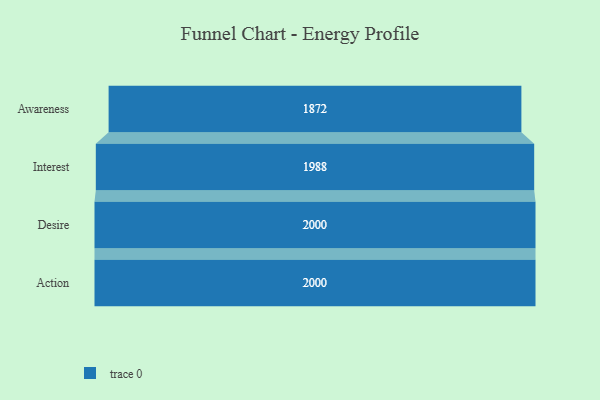
{"axis": {"x": "Stage", "y": "Value"}, "legend": [""], "data": [{"x": "Awareness", "y": 1872.0, "type": ""}, {"x": "Interest", "y": 1988.0, "type": ""}, {"x": "Desire", "y": 2000, "type": ""}, {"x": "Action", "y": 2000, "type": ""}]}